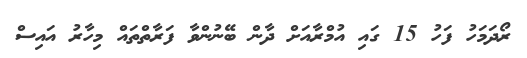
ރޯދަމަހު ފަހު 15 ގައި އުމްރާއަށް ދާން ބޭނުންވާ ފަރާތްތައް މިހާރު އައިސް